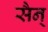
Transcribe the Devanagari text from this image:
सैन्